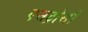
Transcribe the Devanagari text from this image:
एसट्रोसो